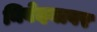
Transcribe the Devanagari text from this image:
निवेदनावर